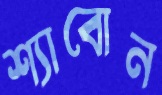
শ্যাবোন